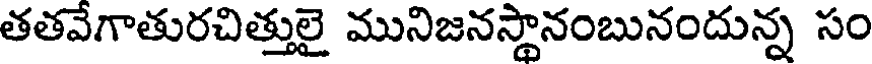
తతవేగాతురచిత్తులై మునిజనస్థానంబునందున్న సం